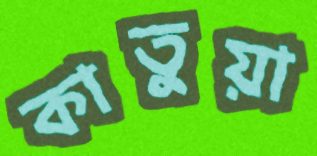
কাতুয়া